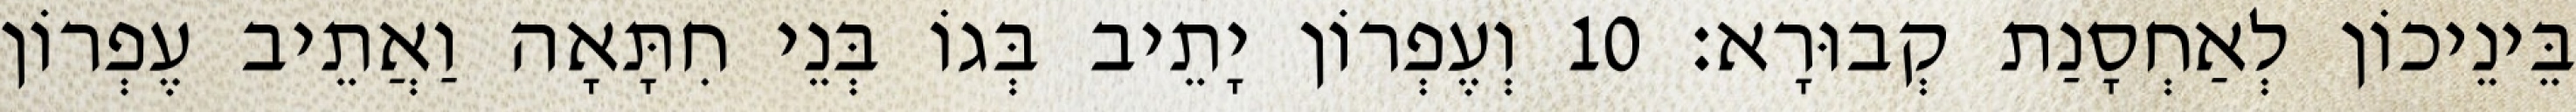
בֵּינֵיכוֹן לְאַחְסָנַת קְבוּרָא׃ 10 וְעֶפְרוֹן יָתֵיב בְּגוֹ בְּנֵי חִתָּאָה וַאֲתֵיב עֶפְרוֹן